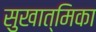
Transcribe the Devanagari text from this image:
सुखात्मिका